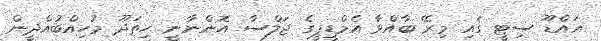
އައްޑޫ ސިޓީ ގައި މިރޭ ބާއްވާ އެމްޑީޕީގެ ޖަލްސާ އޮންނާނީ ހިތަދޫ މުހިއްބުއްދީން